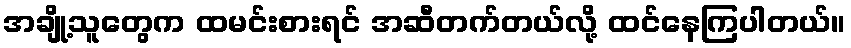
အချို့သူတွေက ထမင်းစားရင် အဆီတက်တယ်လို့ ထင်နေကြပါတယ်။